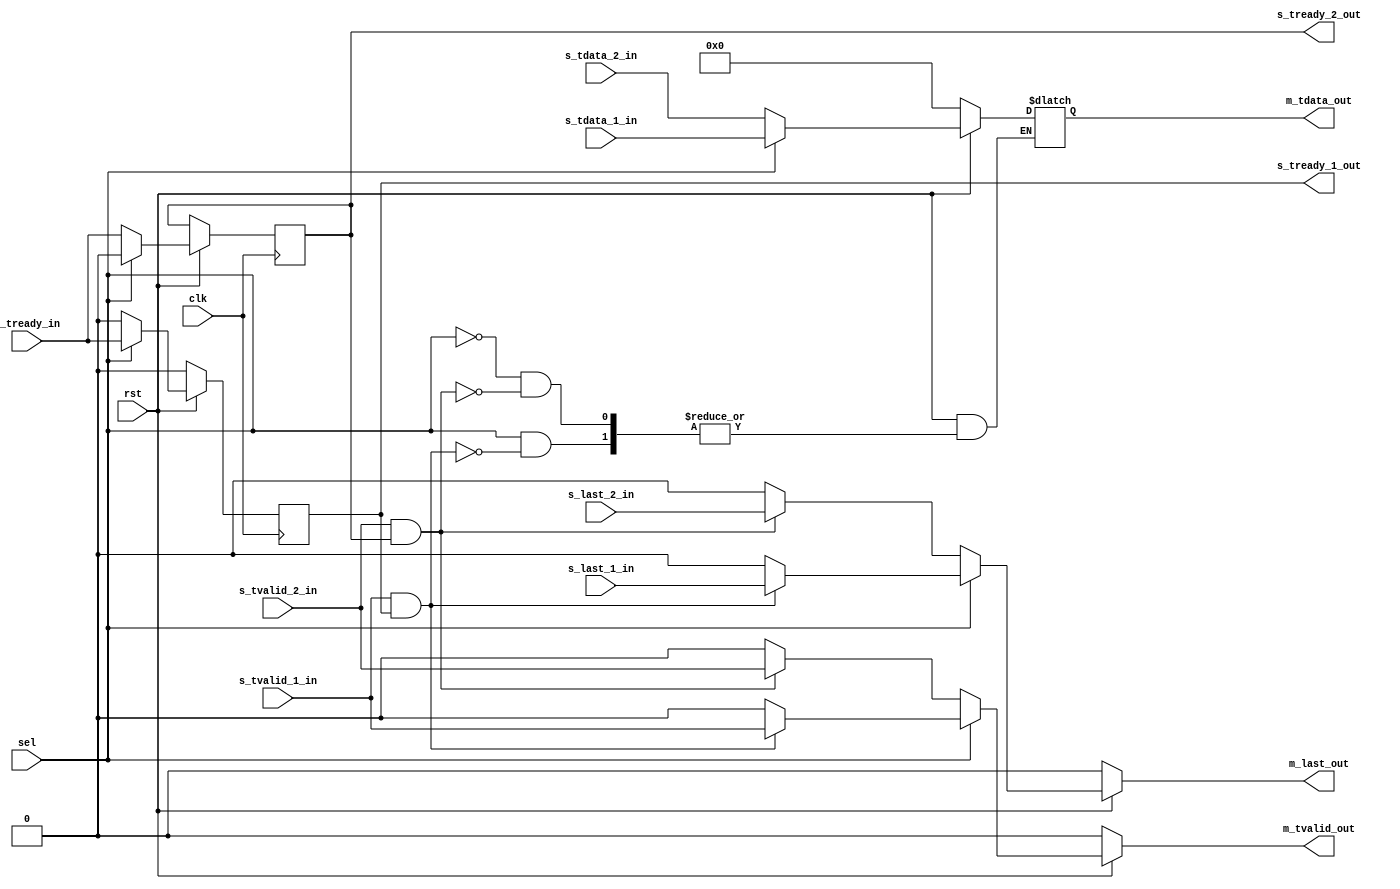
module axis_2_1_mux(
input clk,
input rst,
input sel,
input [7:0]s_tdata_1_in,
input s_tvalid_1_in,
output reg s_tready_1_out,
input s_last_1_in,
input [7:0]s_tdata_2_in,
input s_tvalid_2_in,
output reg s_tready_2_out,
input s_last_2_in,
output reg [7:0]m_tdata_out,
output reg m_tvalid_out,
input m_tready_in,
output reg m_last_out
    );
always @(*) begin
    if (!rst) begin
       m_tdata_out <= 8'b0;
       m_tvalid_out <= 1'b0;
       m_last_out <= 1'b0;
       //s_tready_1_out<=1'b0;
       //s_tready_1_out<=1'b0;
    end
    else begin
        if (sel) begin
            //s_tready_1_out<=m_tready_in;
            if (s_tvalid_1_in && s_tready_1_out) begin
                m_tdata_out <= s_tdata_1_in;
                m_tvalid_out <= s_tvalid_1_in;
                m_last_out  <= s_last_1_in;
            end
            else begin
                m_tvalid_out <= 1'b0;
                m_last_out <= 1'b0;
            end
        end
        else begin
            //s_tready_2_out<=m_tready_in;
            if (s_tvalid_2_in && s_tready_2_out) begin
                m_tdata_out <= s_tdata_2_in;
                m_tvalid_out <= s_tvalid_2_in;
                m_last_out <= s_last_2_in;
            end
            else begin
                m_tvalid_out<= 1'b0;
                m_last_out <= 1'b0;
            end
        end  
    end
end
 
    always@(posedge clk) begin
        if(!rst) begin
            s_tready_1_out<=1'b0;
            s_tready_1_out<=1'b0;
        end
        else begin
            if(sel) begin
                s_tready_1_out<=m_tready_in;
                s_tready_2_out<=1'b0;
            end
            else begin
                s_tready_2_out<=m_tready_in;
                s_tready_1_out<=1'b0;
            end
        end
    end
    
    
endmodule